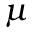
\mu